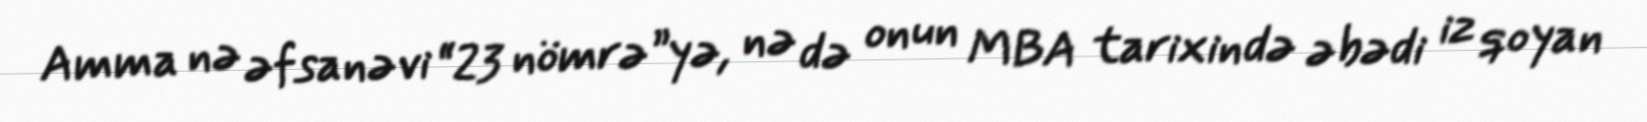
Amma nə əfsanəvi “23 nömrə”yə, nə də onun MBA tarixində əbədi iz qoyan